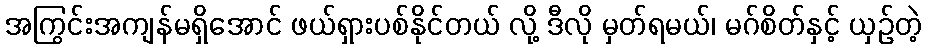
အကြွင်းအကျန်မရှိအောင် ဖယ်ရှားပစ်နိုင်တယ် လို့ ဒီလို မှတ်ရမယ်၊ မဂ်စိတ်နှင့် ယှဉ်တဲ့